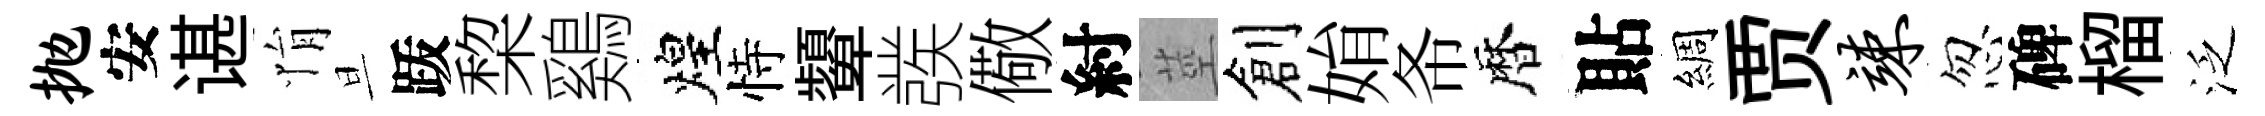
抛安谌悁旦䟦棃鷄煌恃顰彂儆紂莖創姢𢁙暦貼綢贾竦忽碑榴泛